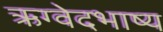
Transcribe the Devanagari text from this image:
ऋग्वेदभाष्य